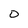
Character: 0